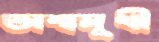
অশ্বমুখী